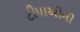
ટીપાઓની